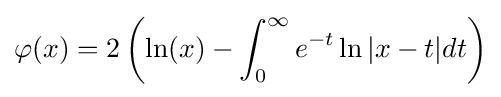
\varphi (x)=2\left(\ln(x)-\int _{0}^{\infty }e^{-t}\ln |x-t|dt\right)